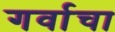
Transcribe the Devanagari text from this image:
गर्वाचा